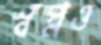
স্বপ্নও